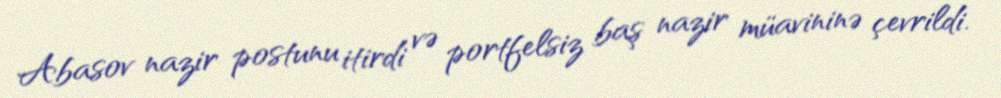
Abasov nazir postunu itirdi və portfelsiz baş nazir müavininə çevrildi.